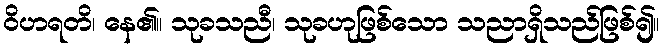
ဝိဟရတိ၊ နေ၏။ သုခသညီ၊ သုခဟုဖြစ်သော သညာရှိသည်ဖြစ်၍။